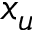
x _ { u }